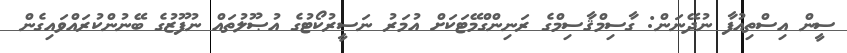
ސީން އިސްތިއުފާ ނުދޭނަން: ގާސިމްޤާސިމްގެ ރަނިންގްމޭޓަކަށް އުމަރު ނަސީރުކޯޓުގެ އުޞޫލުތައް ނުފޫޒުގެ ބޭނުންކުރައްވައިގެން